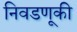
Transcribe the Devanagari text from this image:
निवडणूकी